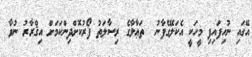
އޭގައި ނުހިފައިފި މީހަކީ އެކަލޭގެފާނު  ތަޢާލާގެ ރިސާލަތު ފޯރުކޮށްދިންކަމަށް އިޤްރާރު ނުވާ